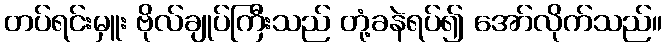
တပ်ရင်းမှူး ဗိုလ်ချုပ်ကြီးသည် တုံ့ခနဲရပ်၍ အော်လိုက်သည်။